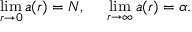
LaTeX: \operatorname * { l i m } _ { r \rightarrow 0 } a ( r ) = N , \: \: \: \: \: \: \operatorname * { l i m } _ { r \rightarrow \infty } a ( r ) = \alpha .